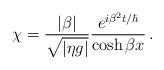
LaTeX: \begin{align*}\chi = {|\beta| \over \sqrt{|\eta g|}}{ e^{i \beta^2 t/\hbar} \over \cosh \beta x}\,.\end{align*}